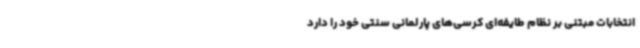
انتخابات مبتنی بر نظام طایفه‌ای کرسی‌های پارلمانی سنتی خود را دارد